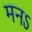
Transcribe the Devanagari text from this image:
मनऽ